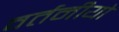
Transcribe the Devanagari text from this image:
वर्तनीयो